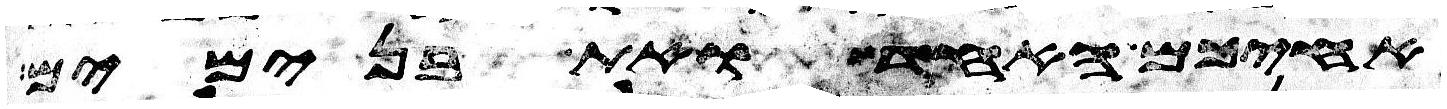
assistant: אחיכם האחד ואת בנימים